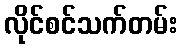
လိုင်စင်သက်တမ်း